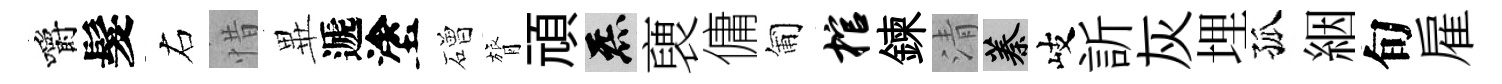
嚼髮右惜𭺾遞塗磳膂頑炁褏傭匍棺鍊清蓁岐訢灰埋孤絪旬雇